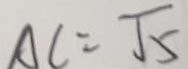
A C = \sqrt { 5 }